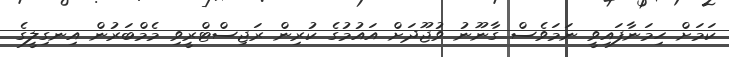
ކަމަށް ހިމަނާފައިވީ ނަމަވެސް ގާނޫނު ވުޖޫދަށް އައުމުގެ ކުރިން ރަޖިސްޓްރީވި މެމްބަރުން އިނގިލީގެ